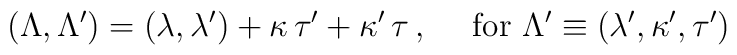
(\Lambda,\Lambda')=(\lambda,\lambda')+\kappa\,\tau'+\kappa'\,\tau\,,~~~~{\rm for}~\Lambda'\equiv (\lambda',\kappa',\tau')